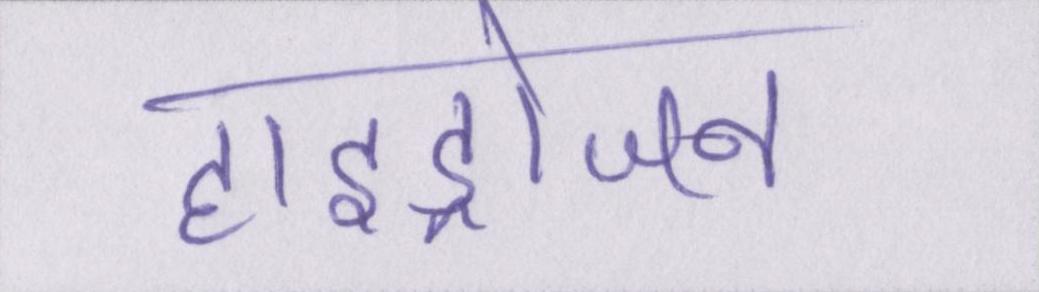
हाइड्रोजन